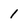
Character: 1